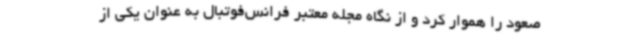
صعود را هموار کرد و از نگاه مجله معتبر فرانس‌فوتبال به عنوان یکی از